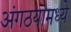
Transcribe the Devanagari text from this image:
अंगठयामध्ये